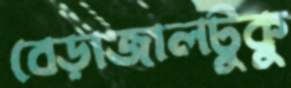
বেড়াজালটুকু